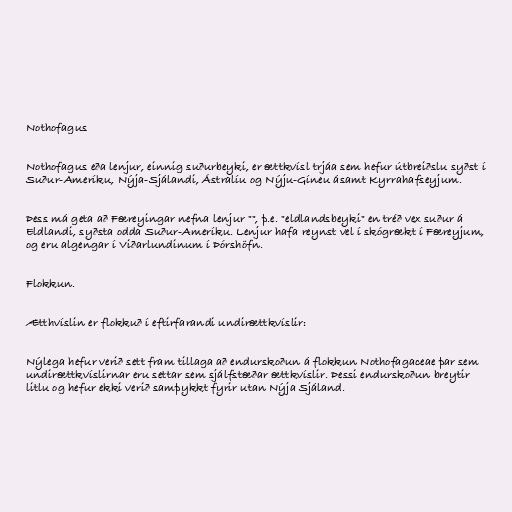
Nothofagus

Nothofagus eða lenjur, einnig suðurbeyki, er ættkvísl trjáa sem hefur útbreiðslu syðst í
Suður-Ameríku, Nýja-Sjálandi, Ástralíu og Nýju-Gíneu ásamt Kyrrahafseyjum.

Þess má geta að Færeyingar nefna lenjur "", þ.e. "eldlandsbeyki" en tréð vex suður á
Eldlandi, syðsta odda Suður-Ameríku. Lenjur hafa reynst vel í skógrækt í Færeyjum,
og eru algengar í Viðarlundinum í Þórshöfn.

Flokkun.

Ætthvíslin er flokkuð í eftirfarandi undirættkvíslir:

Nýlega hefur verið sett fram tillaga að endurskoðun á flokkun Nothofagaceae þar sem
undirættkvíslirnar eru settar sem sjálfstæðar ættkvíslir. Þessi endurskoðun breytir
litlu og hefur ekki verið samþykkt fyrir utan Nýja Sjáland.